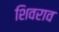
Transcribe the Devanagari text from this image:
शिवराव